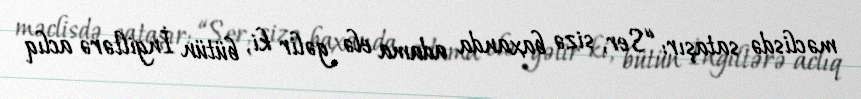
məclisdə sataşır: “Ser, sizə baxanda adama elə gəlir ki, bütün İngiltərə aclıq